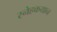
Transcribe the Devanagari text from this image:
स्नेहकयान